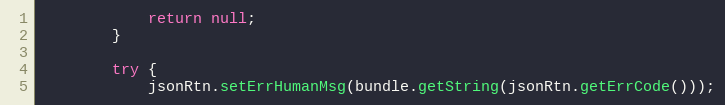
Language: Java
            return null;
        }

        try {
            jsonRtn.setErrHumanMsg(bundle.getString(jsonRtn.getErrCode()));